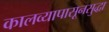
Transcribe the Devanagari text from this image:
कालव्यापासूनसुद्धा